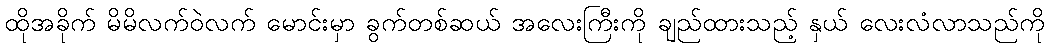
ထိုအခိုက် မိမိလက်ဝဲလက် မောင်းမှာ ခွက်တစ်ဆယ် အလေးကြီးကို ချည်ထားသည့် နှယ် လေးလံလာသည်ကို